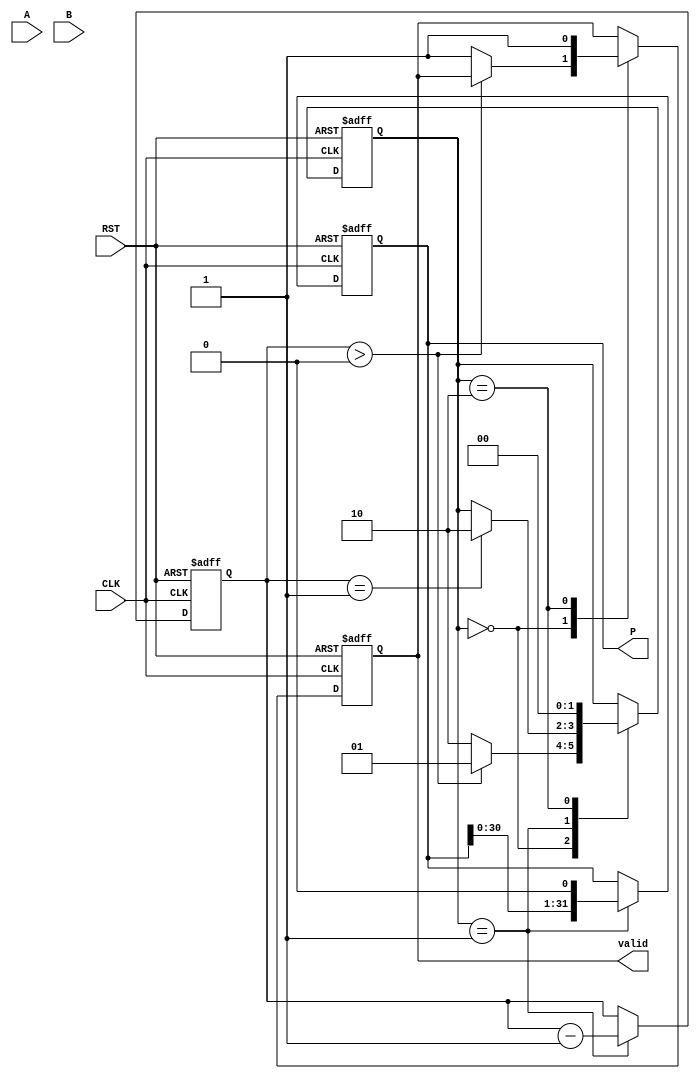
module modified_booth_multiplier (
    input signed [15:0] A,      // Multiplicand
    input signed [15:0] B,      // Multiplier
    input CLK,                  // Clock signal
    input RST,                  // Reset signal
    output reg signed [31:0] P,  // Product
    output reg valid             // Valid signal
);

    reg signed [15:0] M;        // Multiplicand register
    reg signed [15:0] Q;        // Multiplier register
    reg signed [31:0] Q_1;      // Previous bit of Q
    reg [4:0] Count;            // Count register
    reg [1:0] state;            // State register

    localparam IDLE = 2'b00;
    localparam PROCESS = 2'b01;
    localparam DONE = 2'b10;

    always @(posedge CLK or posedge RST) begin
        if (RST) begin
            // Reset all registers
            P <= 32'b0;
            M <= A;
            Q <= B;
            Q_1 <= 1'b0; // Initialize previous bit to 0
            Count <= 16;  // Assuming 16-bit multiplication
            valid <= 0;
            state <= IDLE;
        end else begin
            case (state)
                IDLE: begin
                    // Transition to PROCESS state
                    if (Count > 0) begin
                        state <= PROCESS;
                    end else begin
                        valid <= 1; // No multiplication needed
                        state <= DONE;
                    end
                end
                
                PROCESS: begin
                    case ({Q[0], Q_1}) // Check the last two bits of Q
                        2'b00: begin
                            // Do nothing
                        end
                        2'b01: begin
                            // Add M to P
                            P <= P + M;
                        end
                        2'b10: begin
                            // Subtract M from P
                            P <= P - M;
                        end
                        2'b11: begin
                            // Do nothing
                        end
                    endcase
                    
                    // Shift right
                    Q_1 <= Q[0]; // Update previous bit
                    Q <= Q >> 1; // Shift Q right
                    P <= P << 1; // Shift P left (to align for next addition/subtraction)
                    
                    Count <= Count - 1; // Decrement count
                    
                    // Check if done
                    if (Count == 1) begin
                        state <= DONE;
                    end
                end
                
                DONE: begin
                    valid <= 1; // Signal that the product is valid
                    state <= IDLE; // Go back to IDLE for next operation
                end
            endcase
        end
    end
endmodule